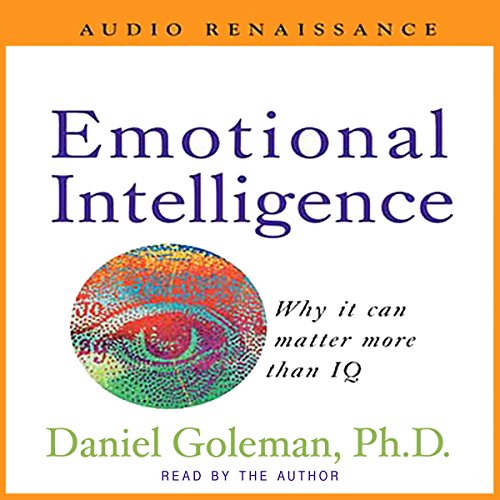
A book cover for Emotional Intelligence; Ph.D. Daniel Goleman; Self-Help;